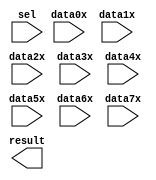
// megafunction wizard: %LPM_MUX%VBB%
// GENERATION: STANDARD
// VERSION: WM1.0
// MODULE: LPM_MUX 

// ============================================================
// Megafunction Name(s):
// 			LPM_MUX
//
// Simulation Library Files(s):
// 			lpm
// ============================================================
// ************************************************************
// THIS IS A WIZARD-GENERATED FILE. DO NOT EDIT THIS FILE!
//
// 18.1.0 Build 625 09/12/2018 SJ Lite Edition
// ************************************************************

//Copyright (C) 2018  Intel Corporation. All rights reserved.
//Your use of Intel Corporation's design tools, logic functions 
//and other software and tools, and its AMPP partner logic 
//functions, and any output files from any of the foregoing 
//(including device programming or simulation files), and any 
//associated documentation or information are expressly subject 
//to the terms and conditions of the Intel Program License 
//Subscription Agreement, the Intel Quartus Prime License Agreement,
//the Intel FPGA IP License Agreement, or other applicable license
//agreement, including, without limitation, that your use is for
//the sole purpose of programming logic devices manufactured by
//Intel and sold by Intel or its authorized distributors.  Please
//refer to the applicable agreement for further details.

module mux_21_8 (
	data0x,
	data1x,
	data2x,
	data3x,
	data4x,
	data5x,
	data6x,
	data7x,
	sel,
	result);

	input	[20:0]  data0x;
	input	[20:0]  data1x;
	input	[20:0]  data2x;
	input	[20:0]  data3x;
	input	[20:0]  data4x;
	input	[20:0]  data5x;
	input	[20:0]  data6x;
	input	[20:0]  data7x;
	input	[2:0]  sel;
	output	[20:0]  result;

endmodule

// ============================================================
// CNX file retrieval info
// ============================================================
// Retrieval info: PRIVATE: INTENDED_DEVICE_FAMILY STRING "Cyclone IV E"
// Retrieval info: PRIVATE: SYNTH_WRAPPER_GEN_POSTFIX STRING "0"
// Retrieval info: PRIVATE: new_diagram STRING "1"
// Retrieval info: LIBRARY: lpm lpm.lpm_components.all
// Retrieval info: CONSTANT: LPM_SIZE NUMERIC "8"
// Retrieval info: CONSTANT: LPM_TYPE STRING "LPM_MUX"
// Retrieval info: CONSTANT: LPM_WIDTH NUMERIC "21"
// Retrieval info: CONSTANT: LPM_WIDTHS NUMERIC "3"
// Retrieval info: USED_PORT: data0x 0 0 21 0 INPUT NODEFVAL "data0x[20..0]"
// Retrieval info: USED_PORT: data1x 0 0 21 0 INPUT NODEFVAL "data1x[20..0]"
// Retrieval info: USED_PORT: data2x 0 0 21 0 INPUT NODEFVAL "data2x[20..0]"
// Retrieval info: USED_PORT: data3x 0 0 21 0 INPUT NODEFVAL "data3x[20..0]"
// Retrieval info: USED_PORT: data4x 0 0 21 0 INPUT NODEFVAL "data4x[20..0]"
// Retrieval info: USED_PORT: data5x 0 0 21 0 INPUT NODEFVAL "data5x[20..0]"
// Retrieval info: USED_PORT: data6x 0 0 21 0 INPUT NODEFVAL "data6x[20..0]"
// Retrieval info: USED_PORT: data7x 0 0 21 0 INPUT NODEFVAL "data7x[20..0]"
// Retrieval info: USED_PORT: result 0 0 21 0 OUTPUT NODEFVAL "result[20..0]"
// Retrieval info: USED_PORT: sel 0 0 3 0 INPUT NODEFVAL "sel[2..0]"
// Retrieval info: CONNECT: @data 0 0 21 0 data0x 0 0 21 0
// Retrieval info: CONNECT: @data 0 0 21 21 data1x 0 0 21 0
// Retrieval info: CONNECT: @data 0 0 21 42 data2x 0 0 21 0
// Retrieval info: CONNECT: @data 0 0 21 63 data3x 0 0 21 0
// Retrieval info: CONNECT: @data 0 0 21 84 data4x 0 0 21 0
// Retrieval info: CONNECT: @data 0 0 21 105 data5x 0 0 21 0
// Retrieval info: CONNECT: @data 0 0 21 126 data6x 0 0 21 0
// Retrieval info: CONNECT: @data 0 0 21 147 data7x 0 0 21 0
// Retrieval info: CONNECT: @sel 0 0 3 0 sel 0 0 3 0
// Retrieval info: CONNECT: result 0 0 21 0 @result 0 0 21 0
// Retrieval info: GEN_FILE: TYPE_NORMAL mux_21_8.v TRUE
// Retrieval info: GEN_FILE: TYPE_NORMAL mux_21_8.inc FALSE
// Retrieval info: GEN_FILE: TYPE_NORMAL mux_21_8.cmp FALSE
// Retrieval info: GEN_FILE: TYPE_NORMAL mux_21_8.bsf FALSE
// Retrieval info: GEN_FILE: TYPE_NORMAL mux_21_8_inst.v FALSE
// Retrieval info: GEN_FILE: TYPE_NORMAL mux_21_8_bb.v TRUE
// Retrieval info: LIB_FILE: lpm